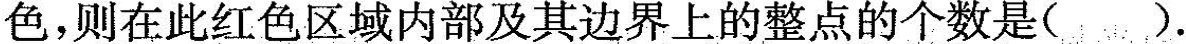
色，则在此红色区域内部及其边界上的整点的个数是()。